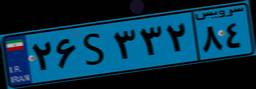
۷۰S۳۱۵۴۳